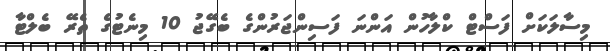
މިސާލަކަށް ފަސްޓް ކްލާހުން އަންނަ ފަސިންޖަރުންގެ ބެގޭޖު 10 މިނެޓުގެ ތެރޭ ބެލްޓާ